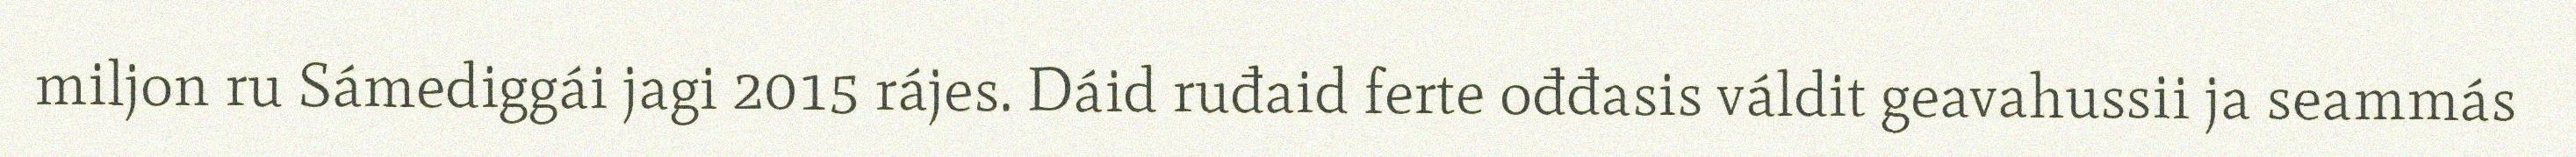
miljon ru Sámediggái jagi 2015 rájes. Dáid ruđaid ferte ođđasis váldit geavahussii ja seammás